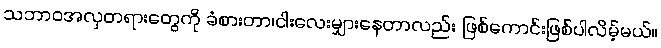
သဘာဝအလှတရားတွေကို ခံစားတာ၊ငါးလေးမျှားနေတာလည်း ဖြစ်ကောင်းဖြစ်ပါလိမ့်မယ်။